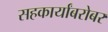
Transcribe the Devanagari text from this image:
सहकार्यांबरोबर